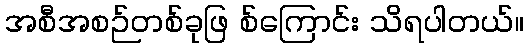
အစီအစဉ်တစ်ခုဖြ စ်ကြောင်း သိရပါတယ်။